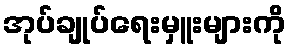
အုပ်ချုပ်ရေးမှူးများကို